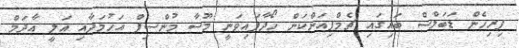
ފިރިހެން ޑަބަލްސް ބައިގައި ޗެމްޕިއަންކަން ހޯދާފައިވަނީ މޫސާ މުންސިފް އަހުމަދާއި އަލީ އާދަމް